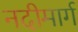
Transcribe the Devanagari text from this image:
नदीमार्ग